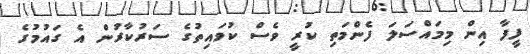
ފީފާ އިން މިމައްސަލަ ފެންމަތި ކުރީ ވެސް ކުވައިތުގެ ސަރުކާރުން އެ ގައުމުގެ